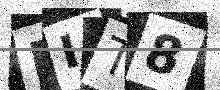
Text: RIT8